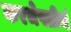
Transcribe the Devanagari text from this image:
करभेषतीर्थ